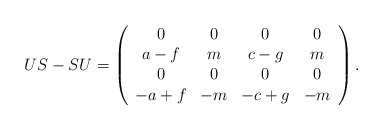
\begin{align*}US-SU=\left(\begin{array}{cccc}0 & 0 & 0 & 0 \\a-f & m & c-g & m \\0 & 0 & 0 & 0 \\-a+f & -m & -c+g & -m\end{array}\right) .\end{align*}